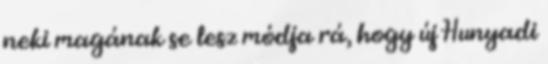
neki magának se lesz módja rá, hogy új Hunyadi